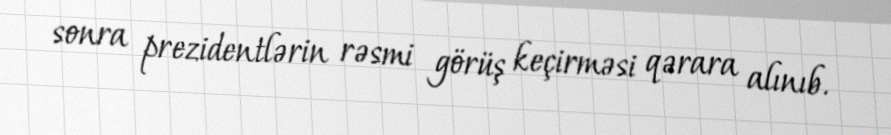
sonra prezidentlərin rəsmi görüş keçirməsi qərara alınıb.